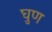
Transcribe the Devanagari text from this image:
घुण